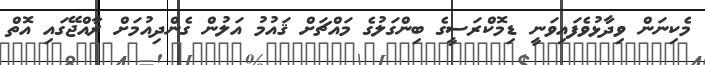
މެކިނަން ވިދާޅުވެފައިވަނީ ޑިމޮކްރަސީގެ ބިންގަލުގެ މައްޗަށް ޤައުމު އަލުން ގެންދިއުމަށް ރާއްޖޭގައި އޮތް